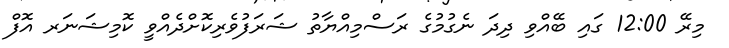
މިރޭ 12:00 ގައި ބޭއްވި ދިދަ ނެގުމުގެ ރަސްމިއްޔާތު ޝަރަފުވެރިކޮށްދެއްވީ ކޮމިޝަނަރ އޮފް